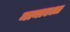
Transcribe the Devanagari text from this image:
मानाएआ